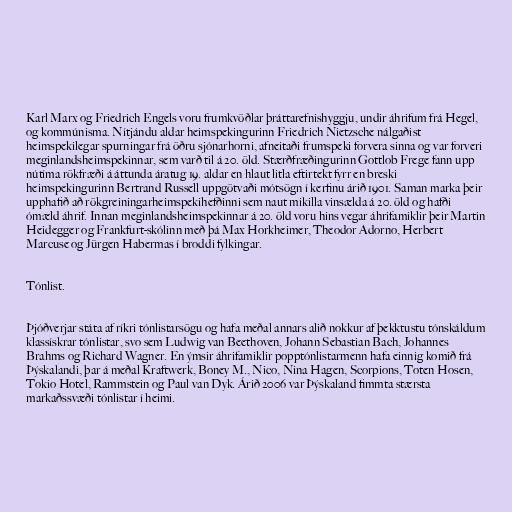
Karl Marx og Friedrich Engels voru frumkvöðlar þráttarefnishyggju, undir áhrifum frá Hegel,
og kommúnisma. Nítjándu aldar heimspekingurinn Friedrich Nietzsche nálgaðist
heimspekilegar spurningar frá öðru sjónarhorni, afneitaði frumspeki forvera sinna og var forveri
meginlandsheimspekinnar, sem varð til á 20. öld. Stærðfræðingurinn Gottlob Frege fann upp
nútíma rökfræði á áttunda áratug 19. aldar en hlaut litla eftirtekt fyrr en breski
heimspekingurinn Bertrand Russell uppgötvaði mótsögn í kerfinu árið 1901. Saman marka þeir
upphafið að rökgreiningarheimspekihefðinni sem naut mikilla vinsælda á 20. öld og hafði
ómæld áhrif. Innan meginlandsheimspekinnar á 20. öld voru hins vegar áhrifamiklir þeir Martin
Heidegger og Frankfurt-skólinn með þá Max Horkheimer, Theodor Adorno, Herbert
Marcuse og Jürgen Habermas í broddi fylkingar.

Tónlist.

Þjóðverjar státa af ríkri tónlistarsögu og hafa meðal annars alið nokkur af þekktustu tónskáldum
klassískrar tónlistar, svo sem Ludwig van Beethoven, Johann Sebastian Bach, Johannes
Brahms og Richard Wagner. En ýmsir áhrifamiklir popptónlistarmenn hafa einnig komið frá
Þýskalandi, þar á meðal Kraftwerk, Boney M., Nico, Nina Hagen, Scorpions, Toten Hosen,
Tokio Hotel, Rammstein og Paul van Dyk. Árið 2006 var Þýskaland fimmta stærsta
markaðssvæði tónlistar í heimi.